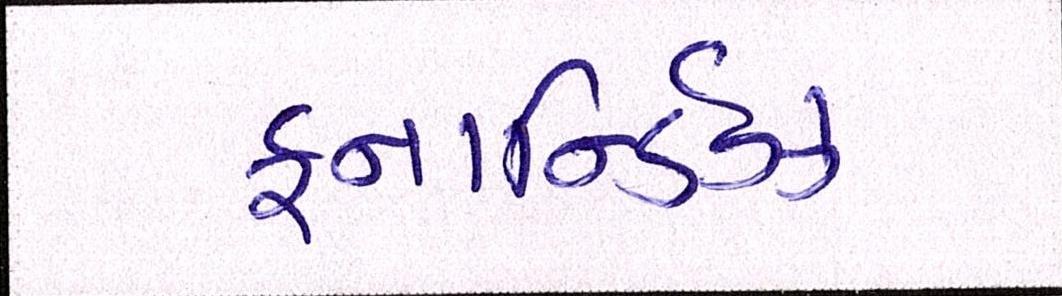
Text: ફનાર્ન્ડિઝ